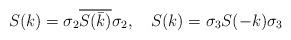
LaTeX: \begin{align*}&S(k) =\sigma_2 \overline{S( \bar {k} )} \sigma_2,\ \ \ S(k) =\sigma_3 S(-k) \sigma_3 \end{align*}